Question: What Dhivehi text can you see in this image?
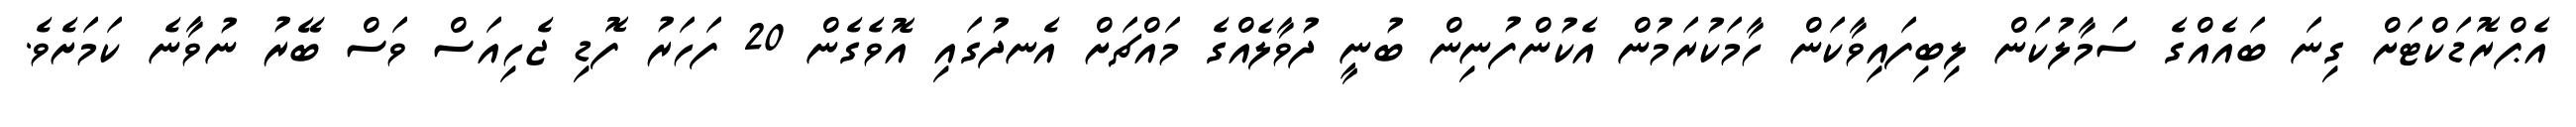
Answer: އެޕްރޮޑަކްޓަށް ގިނަ ބައެއްގެ ސަމާލުކަން ލިބިފައިވާކަން ހާމަކުރަމުން އެކުންފުނިން ބުނީ ދުވާލެއްގެ މައްޗަށް އެނދުގައި އޮވެގެން 20 ފަހަރު ފޮޑި ޖެހިއަސް ވަސް ބޭރު ނުވާނެ ކަމަށެވެ.